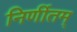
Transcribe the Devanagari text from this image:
निर्णीतम्